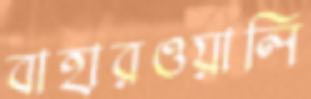
বাহারওয়ালি